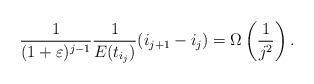
LaTeX: \begin{align*} \frac{1}{(1+\varepsilon)^{j-1}}\frac{1}{E(t_{i_{j}})} (i_{j+1} - i_j) = \Omega\left( \frac{1}{j^2} \right). \end{align*}